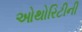
ઓથોરિટીની